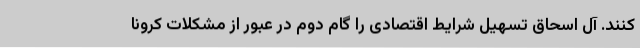
کنند. آل اسحاق تسهیل شرایط اقتصادی را گام دوم در عبور از مشکلات کرونا